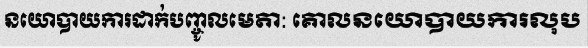
នយោបាយការដាក់បញ្ចូលមេតា: គោលនយោបាយការលុប